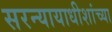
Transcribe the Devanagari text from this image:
सरन्यायाधीशांच्या